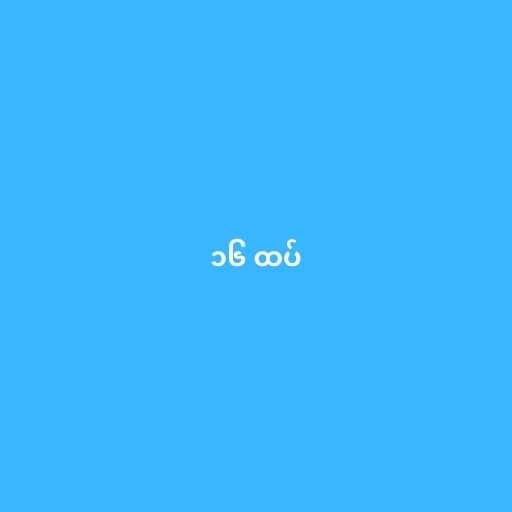
၁၆ ထပ်